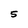
Character: 5